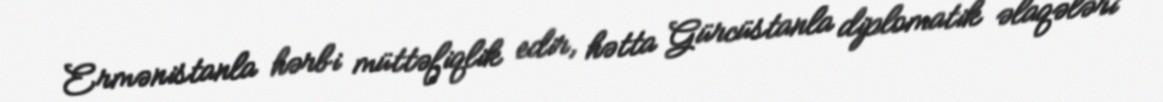
Ermənistanla hərbi müttəfiqlik edir, hətta Gürcüstanla diplomatik əlaqələri